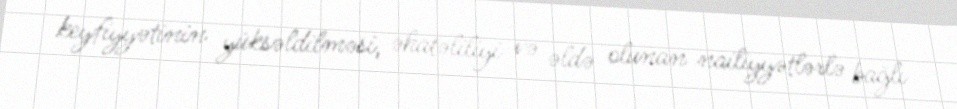
keyfiyyətinin yüksəldilməsi, əhatəliliyi və əldə olunan nailiyyətlərlə bağlı